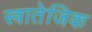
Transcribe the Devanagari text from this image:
स्त्रातेजिक